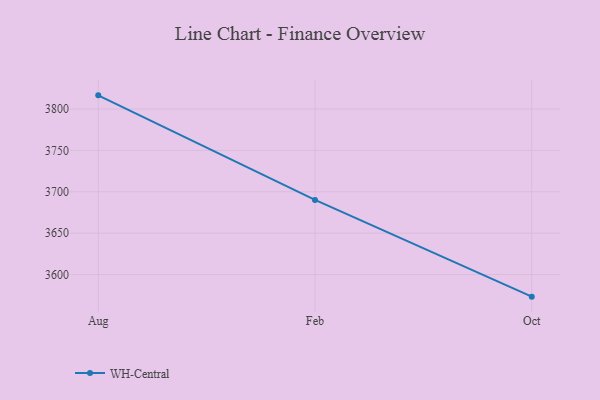
{"axis": {"x": "Month", "y": "Humidity (%)"}, "legend": ["WH-Central"], "data": [{"x": "Aug", "y": 3816.5, "type": "WH-Central"}, {"x": "Feb", "y": 3690.2, "type": "WH-Central"}, {"x": "Oct", "y": 3573.3, "type": "WH-Central"}]}